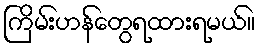
ကြိမ်းဟန်တွေရထားရမယ်။